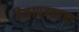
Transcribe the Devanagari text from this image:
वेळापत्रकाचा